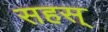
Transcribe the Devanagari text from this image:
सहस्